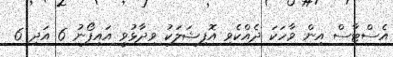
އެސްޓާސް އިން ވާހަކަ ދެއްކެވި އޮފިޝަލަކު ވިދާޅުވީ އައިފޯނު 6 އަދި 6